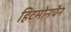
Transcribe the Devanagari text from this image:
हिटमोनचैन